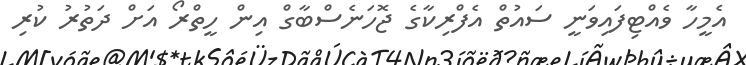
އެމީހާ ވެއްޓިފައިވަނީ ސައުތް އެފްރިކާގެ ޖޮހަނެސްބާގް އިން ހީތްރޯ އަށް ދަތުރު ކުރި